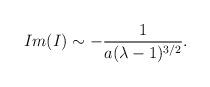
LaTeX: \begin{align*}Im(I) \sim - {1 \over a(\lambda - 1)^{3 / 2}}.\end{align*}